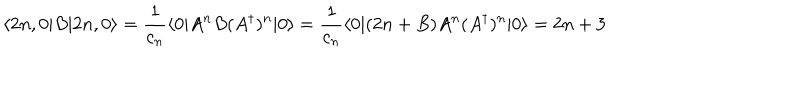
LaTeX: \langle 2 n , 0 | B | 2 n , 0 \rangle = { \frac { 1 } { c _ { n } } } \langle 0 | A ^ { n } B ( A ^ { \dagger } ) ^ { n } | 0 \rangle = { \frac { 1 } { c _ { n } } } \langle 0 | ( 2 n + B ) A ^ { n } ( A ^ { \dagger } ) ^ { n } | 0 \rangle = 2 n + 3